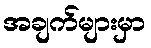
အချက်များမှာ